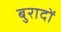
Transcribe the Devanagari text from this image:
बुरादों